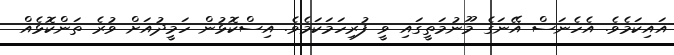
އައިކަމެވެ. އެހެނަސް އޭނަގެ މޫނުމަތީގައި ވީ ފުރިހަމަކަމެވެ. އިސްކޮޅުން ހަމީދުއަށް ވުރެ ތަންކޮޅެއް